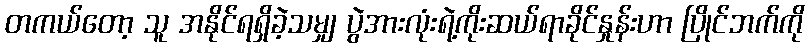
တကယ်တော့ သူ အနိုင်ရရှိခဲ့သမျှ ပွဲအားလုံးရဲ့ကိုးဆယ်ရာခိုင်နှုန်းဟာ ပြိုင်ဘက်ကို